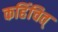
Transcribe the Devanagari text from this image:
कहिंचित्‌